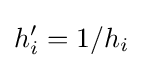
h_{i}^{\prime }=1/h_{i}